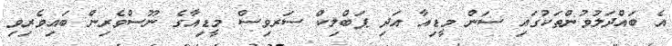
އެ ބައްދަލުވުންތަކުގައި ސަން މީޑިއާ އަދި ޕަބްލިކް ސަރވިސް މީޑިއާގެ ނޫސްވެރިން ބައިވެރިވި